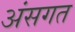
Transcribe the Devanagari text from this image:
अंसगत